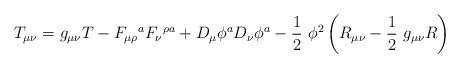
LaTeX: \begin{align*}T_{\mu \nu}=g_{\mu \nu}T-F_{\mu \rho}\mbox{}^{a}F_{\nu}\mbox{}^{\rho a}+D_{\mu}\phi^aD_{\nu}\phi^a-\frac{1}{2}\ \phi^2\left(R_{\mu \nu}-\frac{1}{2}\ g_{\mu \nu}R\right)\end{align*}